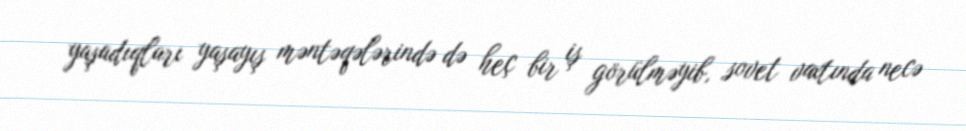
yaşadıqları yaşayış məntəqələrində də heç bir iş görülməyib, sovet vaxtında necə